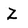
Character: Z